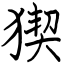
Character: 猰